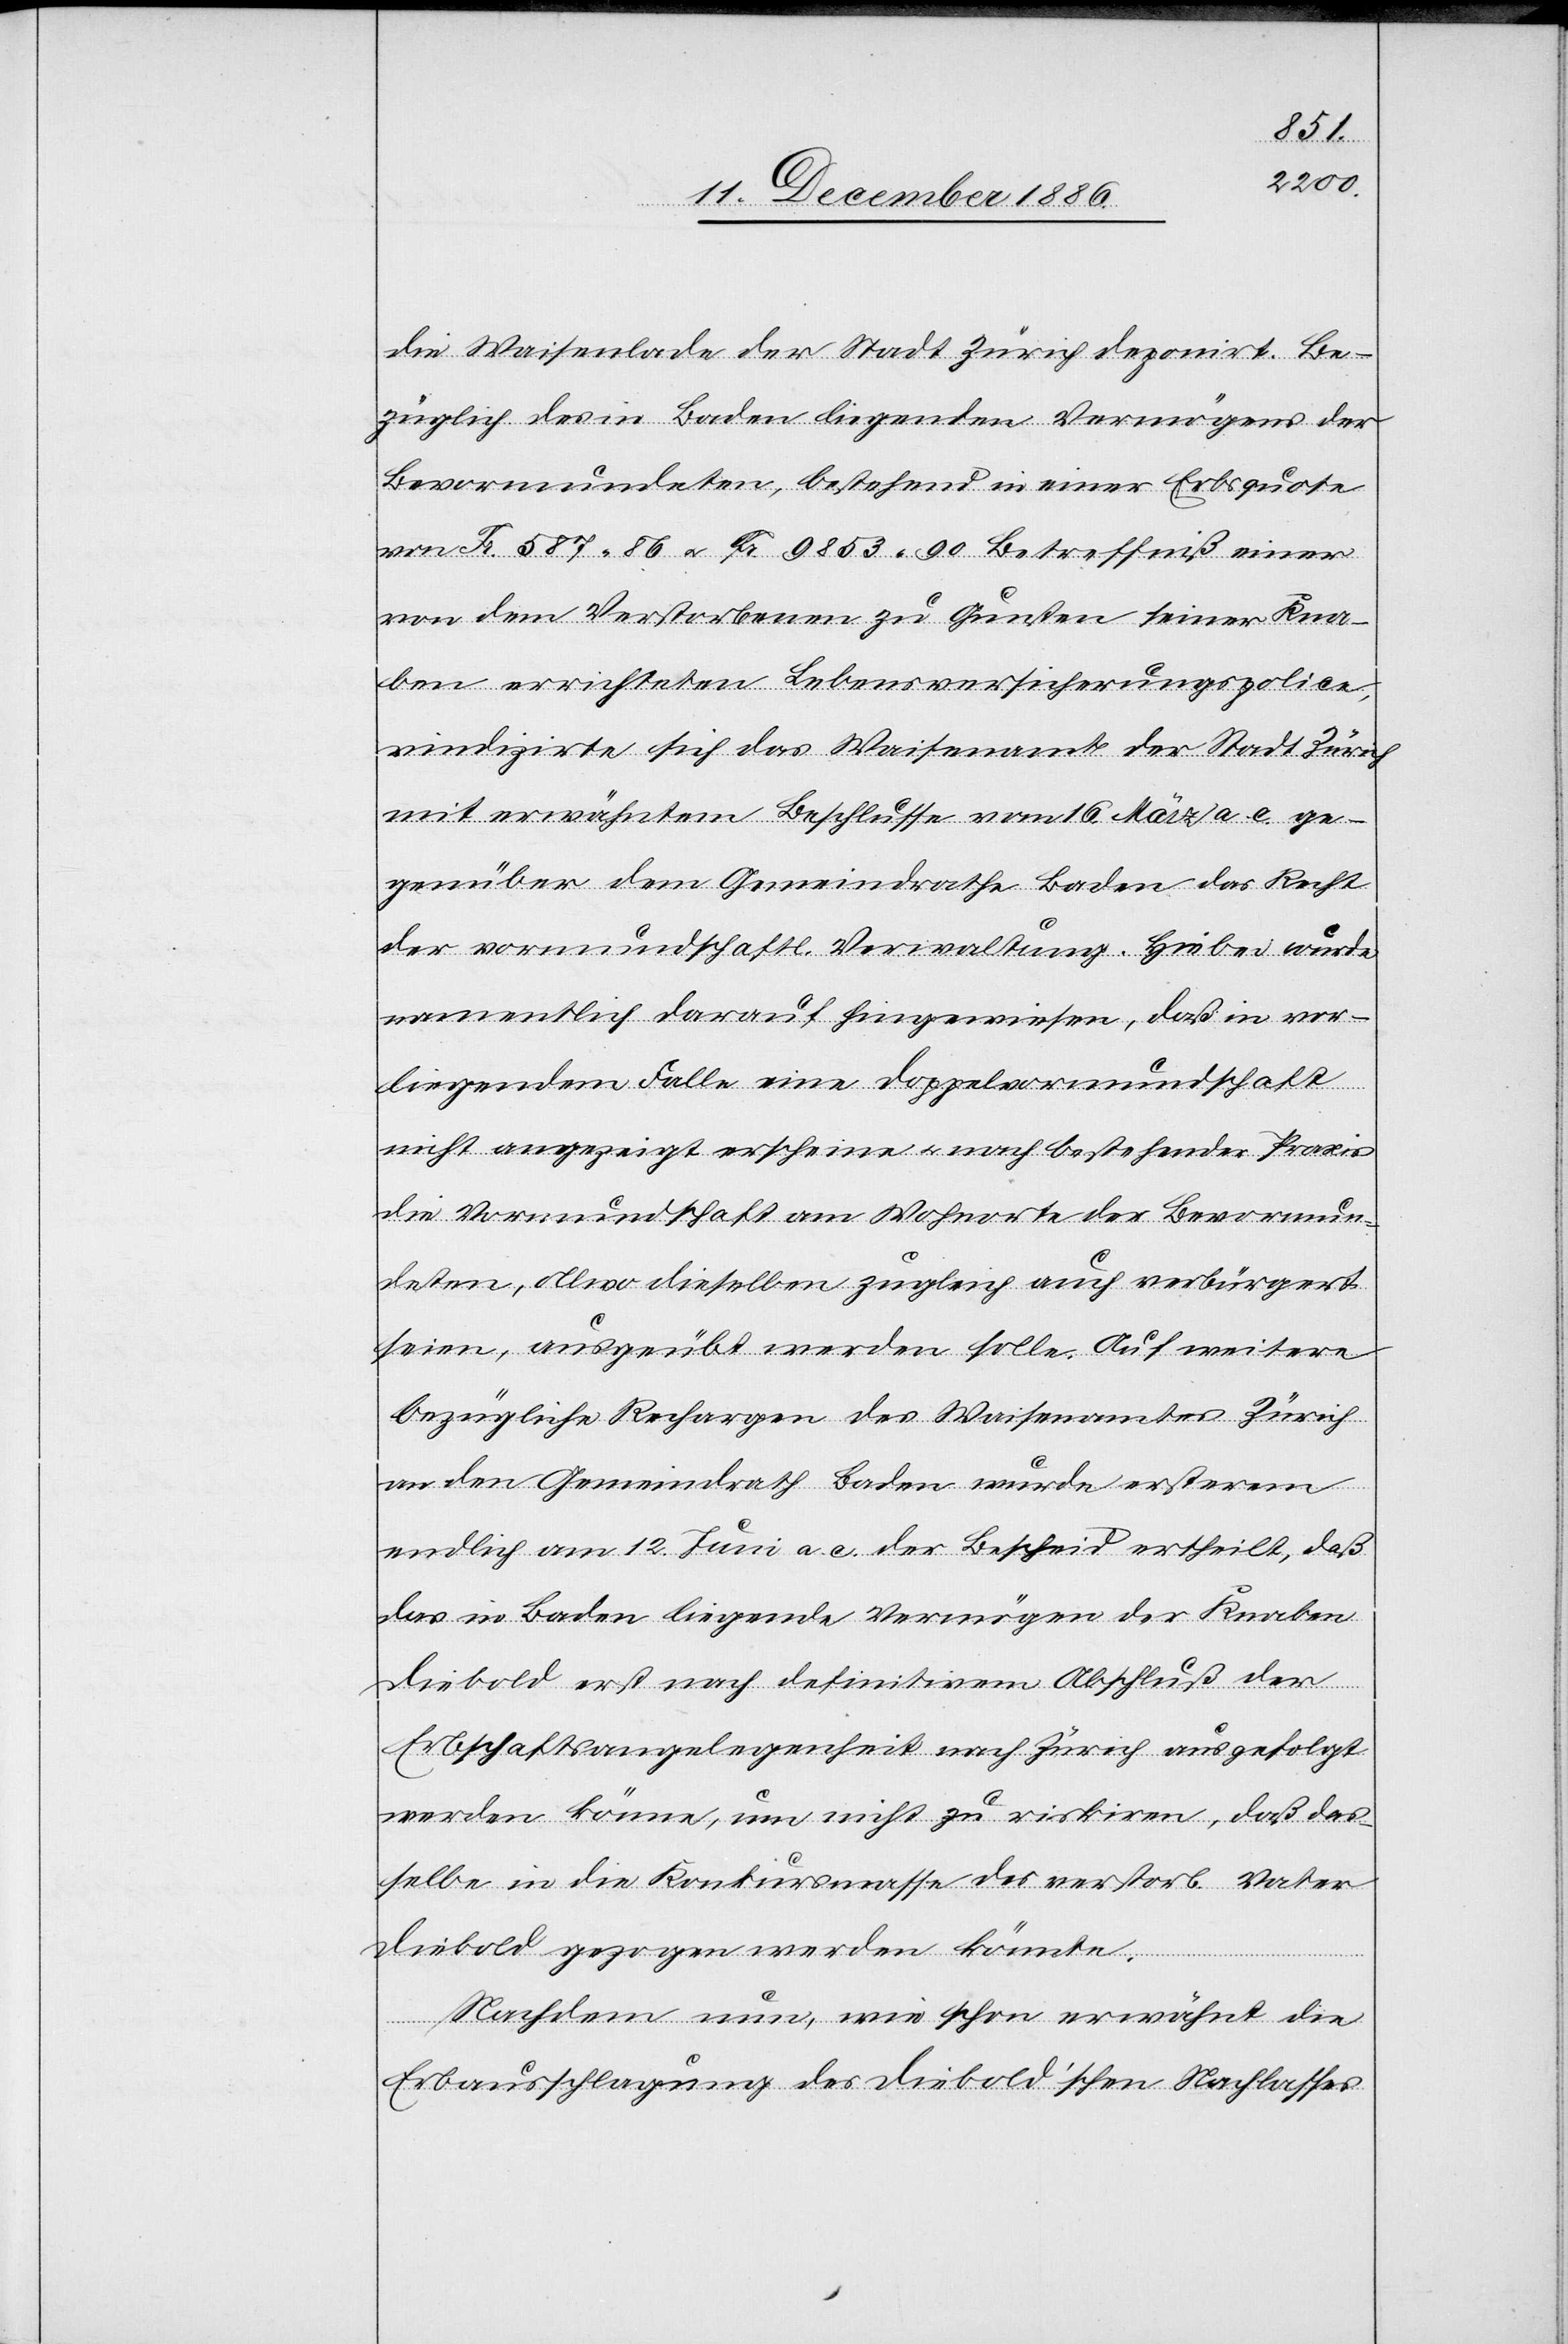
die Waisenlade der Stadt Zürich deponirt. Be¬
züglich des in Baden liegenden Vermögens der
Bevormundeten, bestehend in einer Erbsquote
von Fr. 587 86 & Fr. 9853 90 Betreffniß einer
von dem Verstorbenen zu Gunsten seiner Kna¬
ben errichteten Lebensversicherungspolice,
vindizirte sich das Waisenamt der Stadt Zürich
mit erwähntem Beschlusse vom 16. März a. c. ge¬
genüber dem Gemeindrathe Baden das Recht
der vormundschaftl. Verwaltung. Hiebei wurde
namentlich darauf hingewiesen, daß in vor¬
liegendem Falle eine Doppelvormundschaft
nicht angezeigt erscheine & nach bestehender Praxis
die Vormundschaft am Wohnorte der Bevormun¬
deten, allwo dieselben zugleich auch verbürgert
seien, ausgeübt werden solle. Auf weitere
bezügliche Rechargen des Waisenamtes Zürich
an den Gemeindrath Baden wurde ersterem
endlich am 12. Juni a. c. der Bescheid ertheilt, daß
das in Baden liegende Vermögen der Knaben
Diebold erst nach definitivem Abschluß der
Erbschaftsangelegenheit nach Zürich ausgefolgt
werden könne, um nicht zu riskiren, daß das¬
selbe in die Konkursmasse des verstorb. Vater
Diebold gezogen werden könnte.
Nachdem nun, wie schon erwähnt die
Erbausschlagung des Diebold’schen Nachlasses